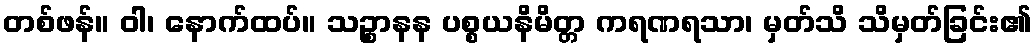
တစ်ဖန်။ ဝါ၊ နောက်ထပ်။ သဉ္စာနန ပစ္စယနိမိတ္တ ကရဏရသာ၊ မှတ်သိ သိမှတ်ခြင်း၏